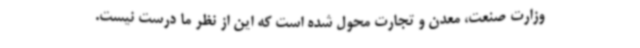
وزارت صنعت، معدن و تجارت محول شده است که این از نظر ما درست نیست.